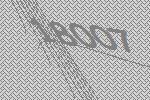
18007